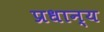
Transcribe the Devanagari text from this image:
प्रधान्य